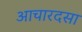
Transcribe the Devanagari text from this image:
आचारदसा